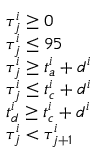
\begin{array} { r l } & { \tau _ { j } ^ { i } \geq 0 } \\ & { \tau _ { j } ^ { i } \leq 9 5 } \\ & { \tau _ { j } ^ { i } \geq t _ { a } ^ { i } + d ^ { i } } \\ & { \tau _ { j } ^ { i } \leq t _ { c } ^ { i } + d ^ { i } } \\ & { t _ { d } ^ { i } \geq t _ { c } ^ { i } + d ^ { i } } \\ & { \tau _ { j } ^ { i } < \tau _ { j + 1 } ^ { i } } \end{array}